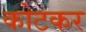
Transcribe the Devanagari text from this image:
कोटकर